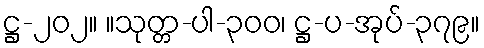
ဋ္ဌ-၂၀၂။ ။သုတ္တ-ပါ-၃၀၀၊ ဋ္ဌ-ပ-အုပ်-၃၇၉။